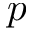
p